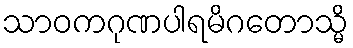
သာဝကဂုဏပါရမိဂတောသ္မိ